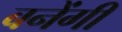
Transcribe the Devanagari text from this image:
बनेंगीं